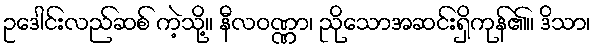
ဥဒေါင်းလည်ဆစ် ကဲ့သို့။ နီလဝဏ္ဏာ၊ ညိုသောအဆင်းရှိကုန်၏။ ဒိသာ၊